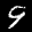
Label: 9